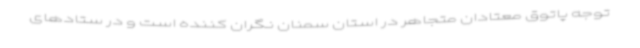
توجه پاتوق معتادان متجاهر در استان سمنان نگران کننده است و در ستادهای